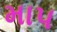
મા૫